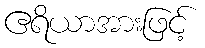
ဧရိယာအားဖြင့်